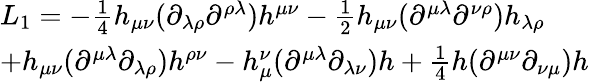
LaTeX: \begin{array}{l}{{L_{1}=-\frac{1}{4}h_{\mu\nu}(\partial_{\lambda\rho}\partial^{\rho\lambda})h^{\mu\nu}-\frac{1}{2}h_{\mu\nu}(\partial^{\mu\lambda}\partial^{\nu\rho})h_{\lambda\rho}}}\\ {{+h_{\mu\nu}(\partial^{\mu\lambda}\partial_{\lambda\rho})h^{\rho\nu}-h_{\mu}^{\nu}(\partial^{\mu\lambda}\partial_{\lambda\nu})h+\frac{1}{4}h(\partial^{\mu\nu}\partial_{\nu\mu})h}}\end{array}